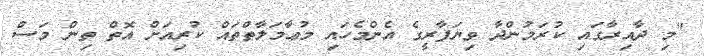
"މި ދާއިރާގައި ކުރަމުންދާ ވިޔަފާރީގެ އެންމެހައި މުޢާމަލާތްތައް ކުރިއަށް އޮތް ތިން މަސް